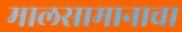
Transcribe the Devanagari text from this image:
मालसामानाचा